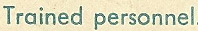
Trained personnel